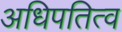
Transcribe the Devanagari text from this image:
अधिपतित्व